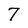
Character: 7